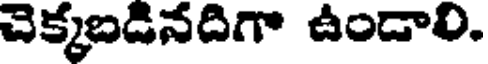
చెక్కబడినదిగా ఉండాలి.